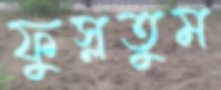
ফুস্‌লতুম